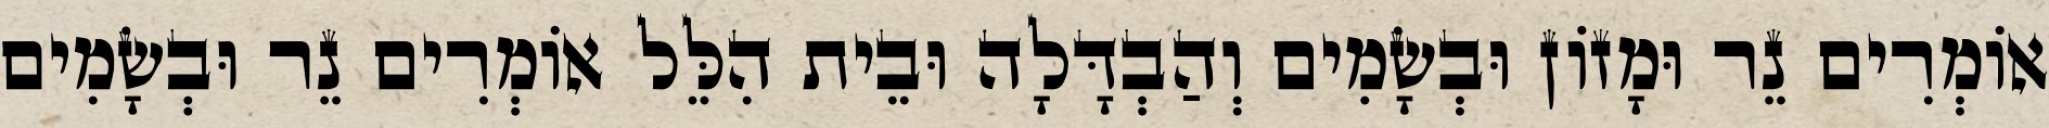
אוֹמְרִים נֵר וּמָזוֹן וּבְשָׂמִים וְהַבְדָּלָה וּבֵית הִלֵּל אוֹמְרִים נֵר וּבְשָׂמִים